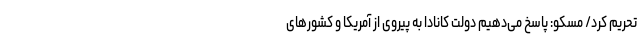
تحریم کرد/ مسکو: پاسخ می‌دهیم دولت کانادا به پیروی از آمریکا و کشورهای